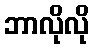
ဘာလိုလို